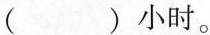
( )小时。